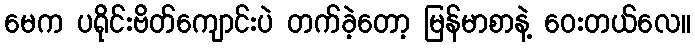
မေက ပရိုင်းဗိတ်ကျောင်းပဲ တက်ခဲ့တော့ မြန်မာစာနဲ့ ဝေးတယ်လေ။